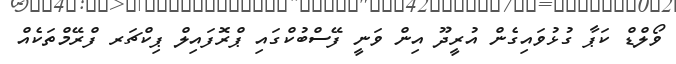
ވޯލްޑް ކަޕާ ގުޅުވައިގެން އުރީދޫ އިން ވަނީ ފޭސްބުކްގައި ޕްރޮފައިލް ޕިކްޗަރ ފްރޭމްތަކެއް